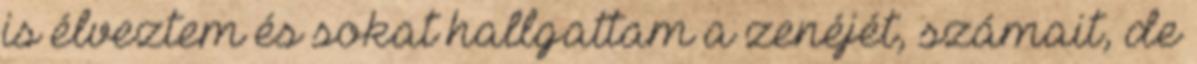
is élveztem és sokat hallgattam a zenéjét, számait, de